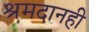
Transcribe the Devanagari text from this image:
श्रमदानही